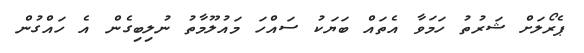
ޕެރޯލަށް ޝަރުތު ހަމަވާ އެތައް ބަޔަކު ސައްހަ މައުލޫމާތު ނުލިބިގެން އެ ހައްގުން